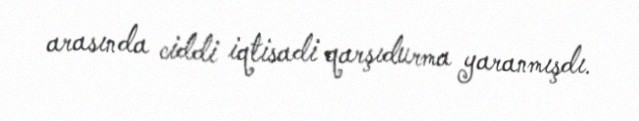
arasında ciddi iqtisadi qarşıdurma yaranmışdı.